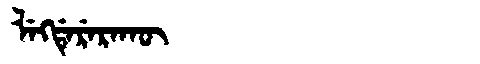
Manchu: ᠯᡝᡴᡩᡝᡵᡝᡵᠠᡴᡡ
Romanization: LEKDERERAKŪ